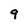
Character: 9